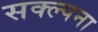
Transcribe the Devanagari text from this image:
सक्ल्पना